Papers set at the Examination for Leaving Certificates, 1893
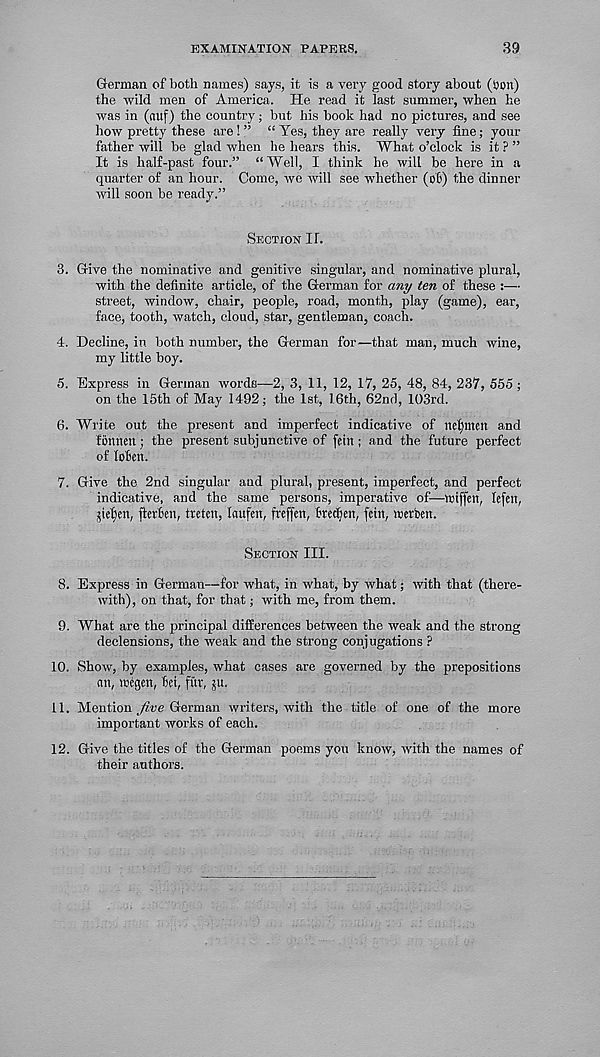
EXAMINATION PAPERS.
39
German of both names) says, it is a very good story about (Son)
the wild men of America. He read it last summer, when he
was in (nuf) the country; but his book had no pictures, and see
how pretty these are ! ” “ Yes, they are really very fine; your
father will be glad when he hears this. What o’clock is it ? ”
It is half-past four.” “Well, I think he will be here in a
quarter of an hour. Come, we will see whether (of) the dinner
will soon be ready.”
Section II.
3. Give the nominative and genitive singular, and nominative plural,
with the definite article, of the German for any ten of these :—
street, window, chair, people, road, month, play (game), ear,
face, tooth, watch, cloud, star, gentleman, coach.
4. Decline, in both number, the German for—that man, much wine,
my little boy.
5. Express in German words—2, 3, 11, 12, 17, 25, 48, 84, 237, 555;
on the 15th of May 1492; the 1st, 16th, 62nd, l()3rd.
6. Write out the present and imperfect indicative of nel)men and
fonnett • the present subjunctive of fein ; and the future perfect
of lofien.
7. Give the 2nd singular and plural, present, imperfect, and perfect
indicative, and the same persons, imperative of—roiffen, lefen,
jieljen, jlerfen, tretcn, laufett, freffen, freemen, fetn, wetben.
Section III.
8. Express in German—for what, in what, by what; with that (there-
with), on that, for that; with me, from them.
9. What are the principal differences between the weak and the strong
declensions, the weak and the strong conjugations ?
10. Show, by examples, what cases are governed by the prepositions
an, wegen, fei, fur, ju.
11. Mention
German writers, with the title of one of the more
important works of each.
12. Give the titles of the German poems you know, with the names of
their authors.